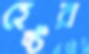
হেক্টর